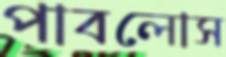
পাবলোস